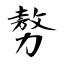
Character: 𠢕